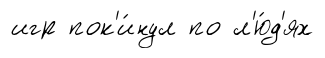
игр пок'и́нул по л'ю́д'ях